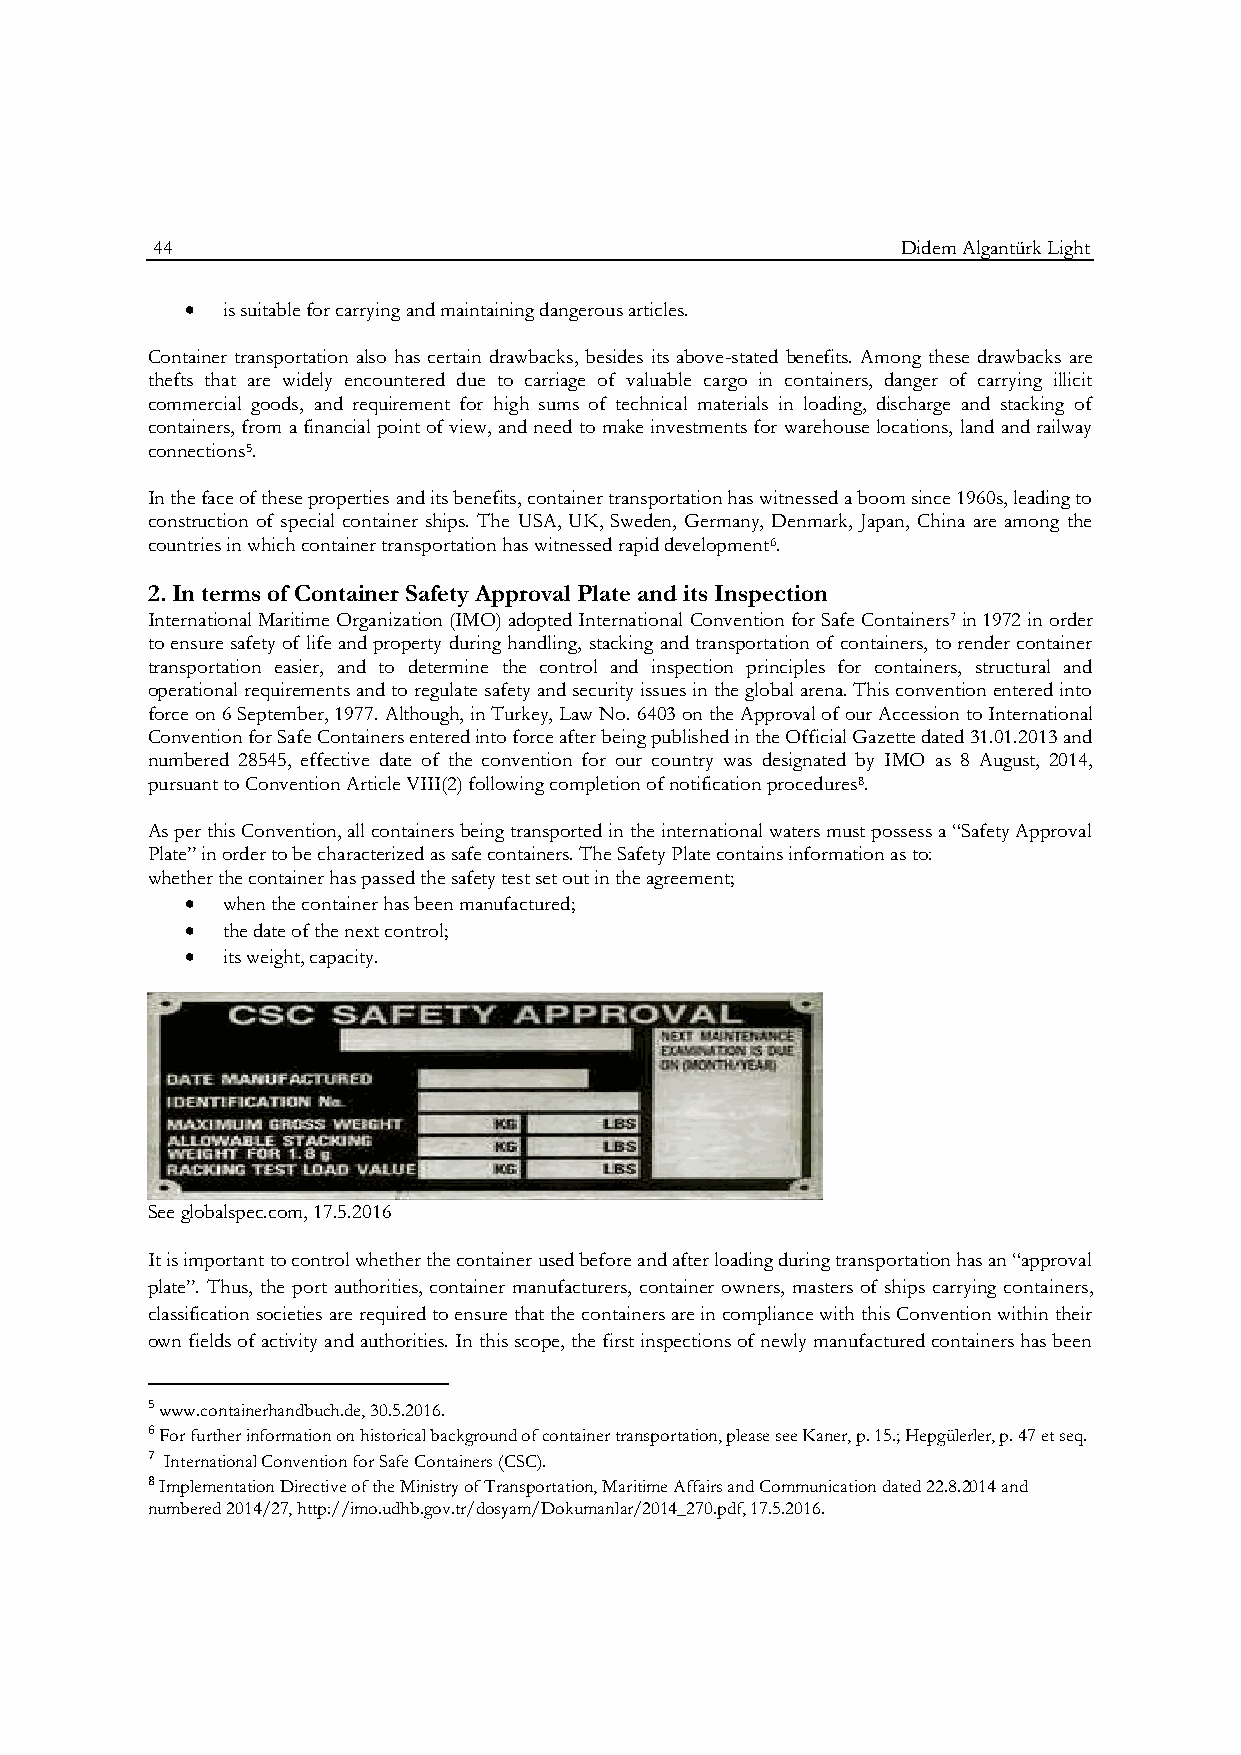
44                                                Didem Algantürk Light
   is suitable for carrying and maintaining dangerous articles.
 Container transportation also has certain drawbacks, besides its above-stated benefits. Among these drawbacks are
 thefts that are widely encountered due to carriage of valuable cargo in containers, danger of carrying illicit
 commercial goods, and requirement for high sums of technical materials in loading, discharge and stacking of
 containers, from a financial point of view, and need to make investments for warehouse locations, land and railway
 connections5.
 In the face of these properties and its benefits, container transportation has witnessed a boom since 1960s, leading to
 construction of special container ships. The USA, UK, Sweden, Germany, Denmark, Japan, China are among the
 countries in which container transportation has witnessed rapid development6.
 2. In terms of Container Safety Approval Plate and its Inspection
 International Maritime Organization (IMO) adopted International Convention for Safe Containers7 in 1972 in order
 to ensure safety of life and property during handling, stacking and transportation of containers, to render container
 transportation easier, and to determine the control and inspection principles for containers, structural and
 operational requirements and to regulate safety and security issues in the global arena. This convention entered into
 force on 6 September, 1977. Although, in Turkey, Law No. 6403 on the Approval of our Accession to International
 Convention for Safe Containers entered into force after being published in the Official Gazette dated 31.01.2013 and
 numbered 28545, effective date of the convention for our country was designated by IMO as 8 August, 2014,
 pursuant to Convention Article VIII(2) following completion of notification procedures8.
 As per this Convention, all containers being transported in the international waters must possess a “Safety Approval
 Plate” in order to be characterized as safe containers. The Safety Plate contains information as to:
 whether the container has passed the safety test set out in the agreement;
   when the container has been manufactured;
   the date of the next control;
   its weight, capacity.
 See globalspec.com, 17.5.2016
 It is important to control whether the container used before and after loading during transportation has an “approval
 plate”. Thus, the port authorities, container manufacturers, container owners, masters of ships carrying containers,
 classification societies are required to ensure that the containers are in compliance with this Convention within their
 own fields of activity and authorities. In this scope, the first inspections of newly manufactured containers has been
 5 www.containerhandbuch.de, 30.5.2016.
 6 For further information on historical background of container transportation, please see Kaner, p. 15.; Hepgülerler, p. 47 et seq.
 7 International Convention for Safe Containers (CSC).
 8 Implementation Directive of the Ministry of Transportation, Maritime Affairs and Communication dated 22.8.2014 and
 numbered 2014/27, http://imo.udhb.gov.tr/dosyam/Dokumanlar/2014_270.pdf, 17.5.2016.